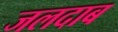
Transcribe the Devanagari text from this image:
जलदाब